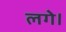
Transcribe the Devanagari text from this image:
लगेे।